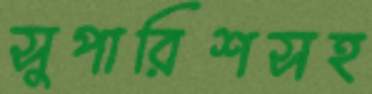
সুপারিশসহ